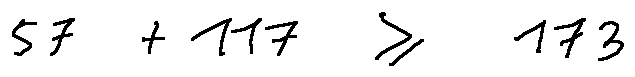
5 7 + 1 1 7 \geq 1 7 3